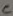
Text: C